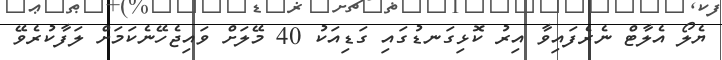
ޔެލޯ އެލާޓް ނެރެފައިވާ އިރު ކޮޅިގަނޑުގައި ގަޑިއަކު 40 މޭލަށް ވައިޖެހޭނެކަމަށް ލަފާކުރެވޭ